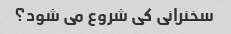
سخنرانی کی شروع می شود؟